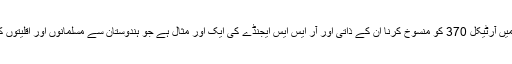
مقبوضہ کشمیرمیں آرٹیکل 370 کو منسوخ کرنا ان کے ذاتی اور آر ایس ایس ایجنڈے کی ایک اور مثال ہے جو ہندوستان سے مسلمانوں اور اقلیتوں کو ختم کرنا ہے۔